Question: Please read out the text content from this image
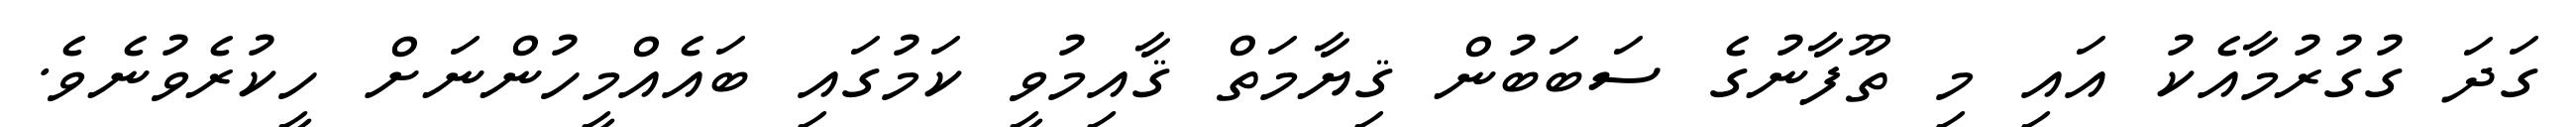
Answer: ގަދަ ގުގުރުމާއެކު އައި މި ތޫފާނުގެ ސަބަބުން ޤިޔާމަތް ޤާއިމުވީ ކަމުގައި ބައެއްމީހުންނަށް ހީކުރެވުނެވެ.